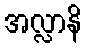
အလ္လာနိ